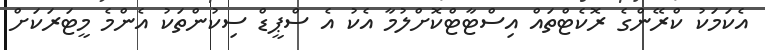
އެކަމަކު ކްރޭންގެ ރޮކެޓްތައް އިސްޓާޓްކޮށްލުމާ އެކު އެ ސްޕީޑް ސިކުންތަކު އެންމެ މީޓަރަކަށް